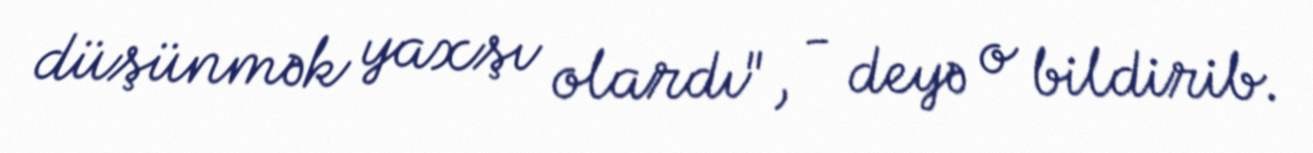
düşünmək yaxşı olardı", - deyə o bildirib.